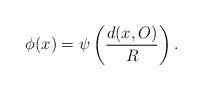
LaTeX: \begin{align*}\phi(x)=\psi\left(\frac{d(x,O)}{R}\right).\end{align*}